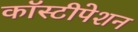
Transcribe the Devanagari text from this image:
कॉस्टीपेशन